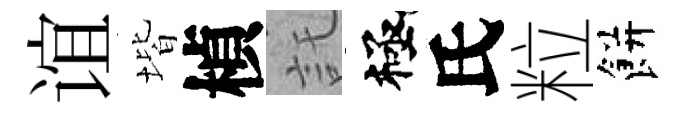
谊堦楨託極氏粒餅